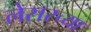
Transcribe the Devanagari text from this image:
लेसरच्या